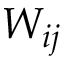
W _ { i j }